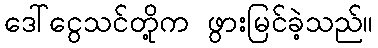
ဒေါ်ငွေသင်တို့က ဖွားမြင်ခဲ့သည်။